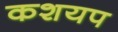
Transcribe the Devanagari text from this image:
कशयप